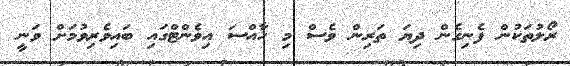
ރޯލުތަކުން ފެނިގެން ދިޔަ ތަރިން ވެސް މި ހާއްސަ އިވެންޓްގައި ބައިވެރިވުމަށް ވަނީ